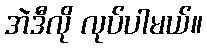
အဲဒီလို လုပ်ပါမယ်။